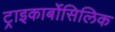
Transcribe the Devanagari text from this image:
ट्राइकार्बोसिलिक